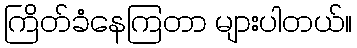
ကြိတ်ခံနေကြတာ များပါတယ်။